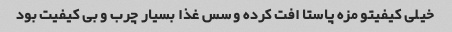
خیلی کیفیتو مزه پاستا افت کرده و سس غذا بسیار چرب و بی کیفیت بود